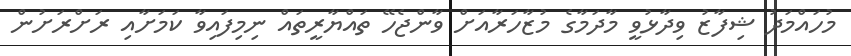
މުހައްމަދު ޝިފާޒު ވިދާޅުވީ މާދަމާގެ މުޒާހަރާއަށް ވާންޖެހޭ ތައްޔާރީތައް ނިމިފައިވާ ކަމަށާއި ރަށްރަށުން